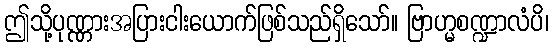
ဤသို့ပုဏ္ဏားအပြားငါးယောက်ဖြစ်သည်ရှိသော်။ ဗြာဟ္မစဏ္ဍာလံပိ၊